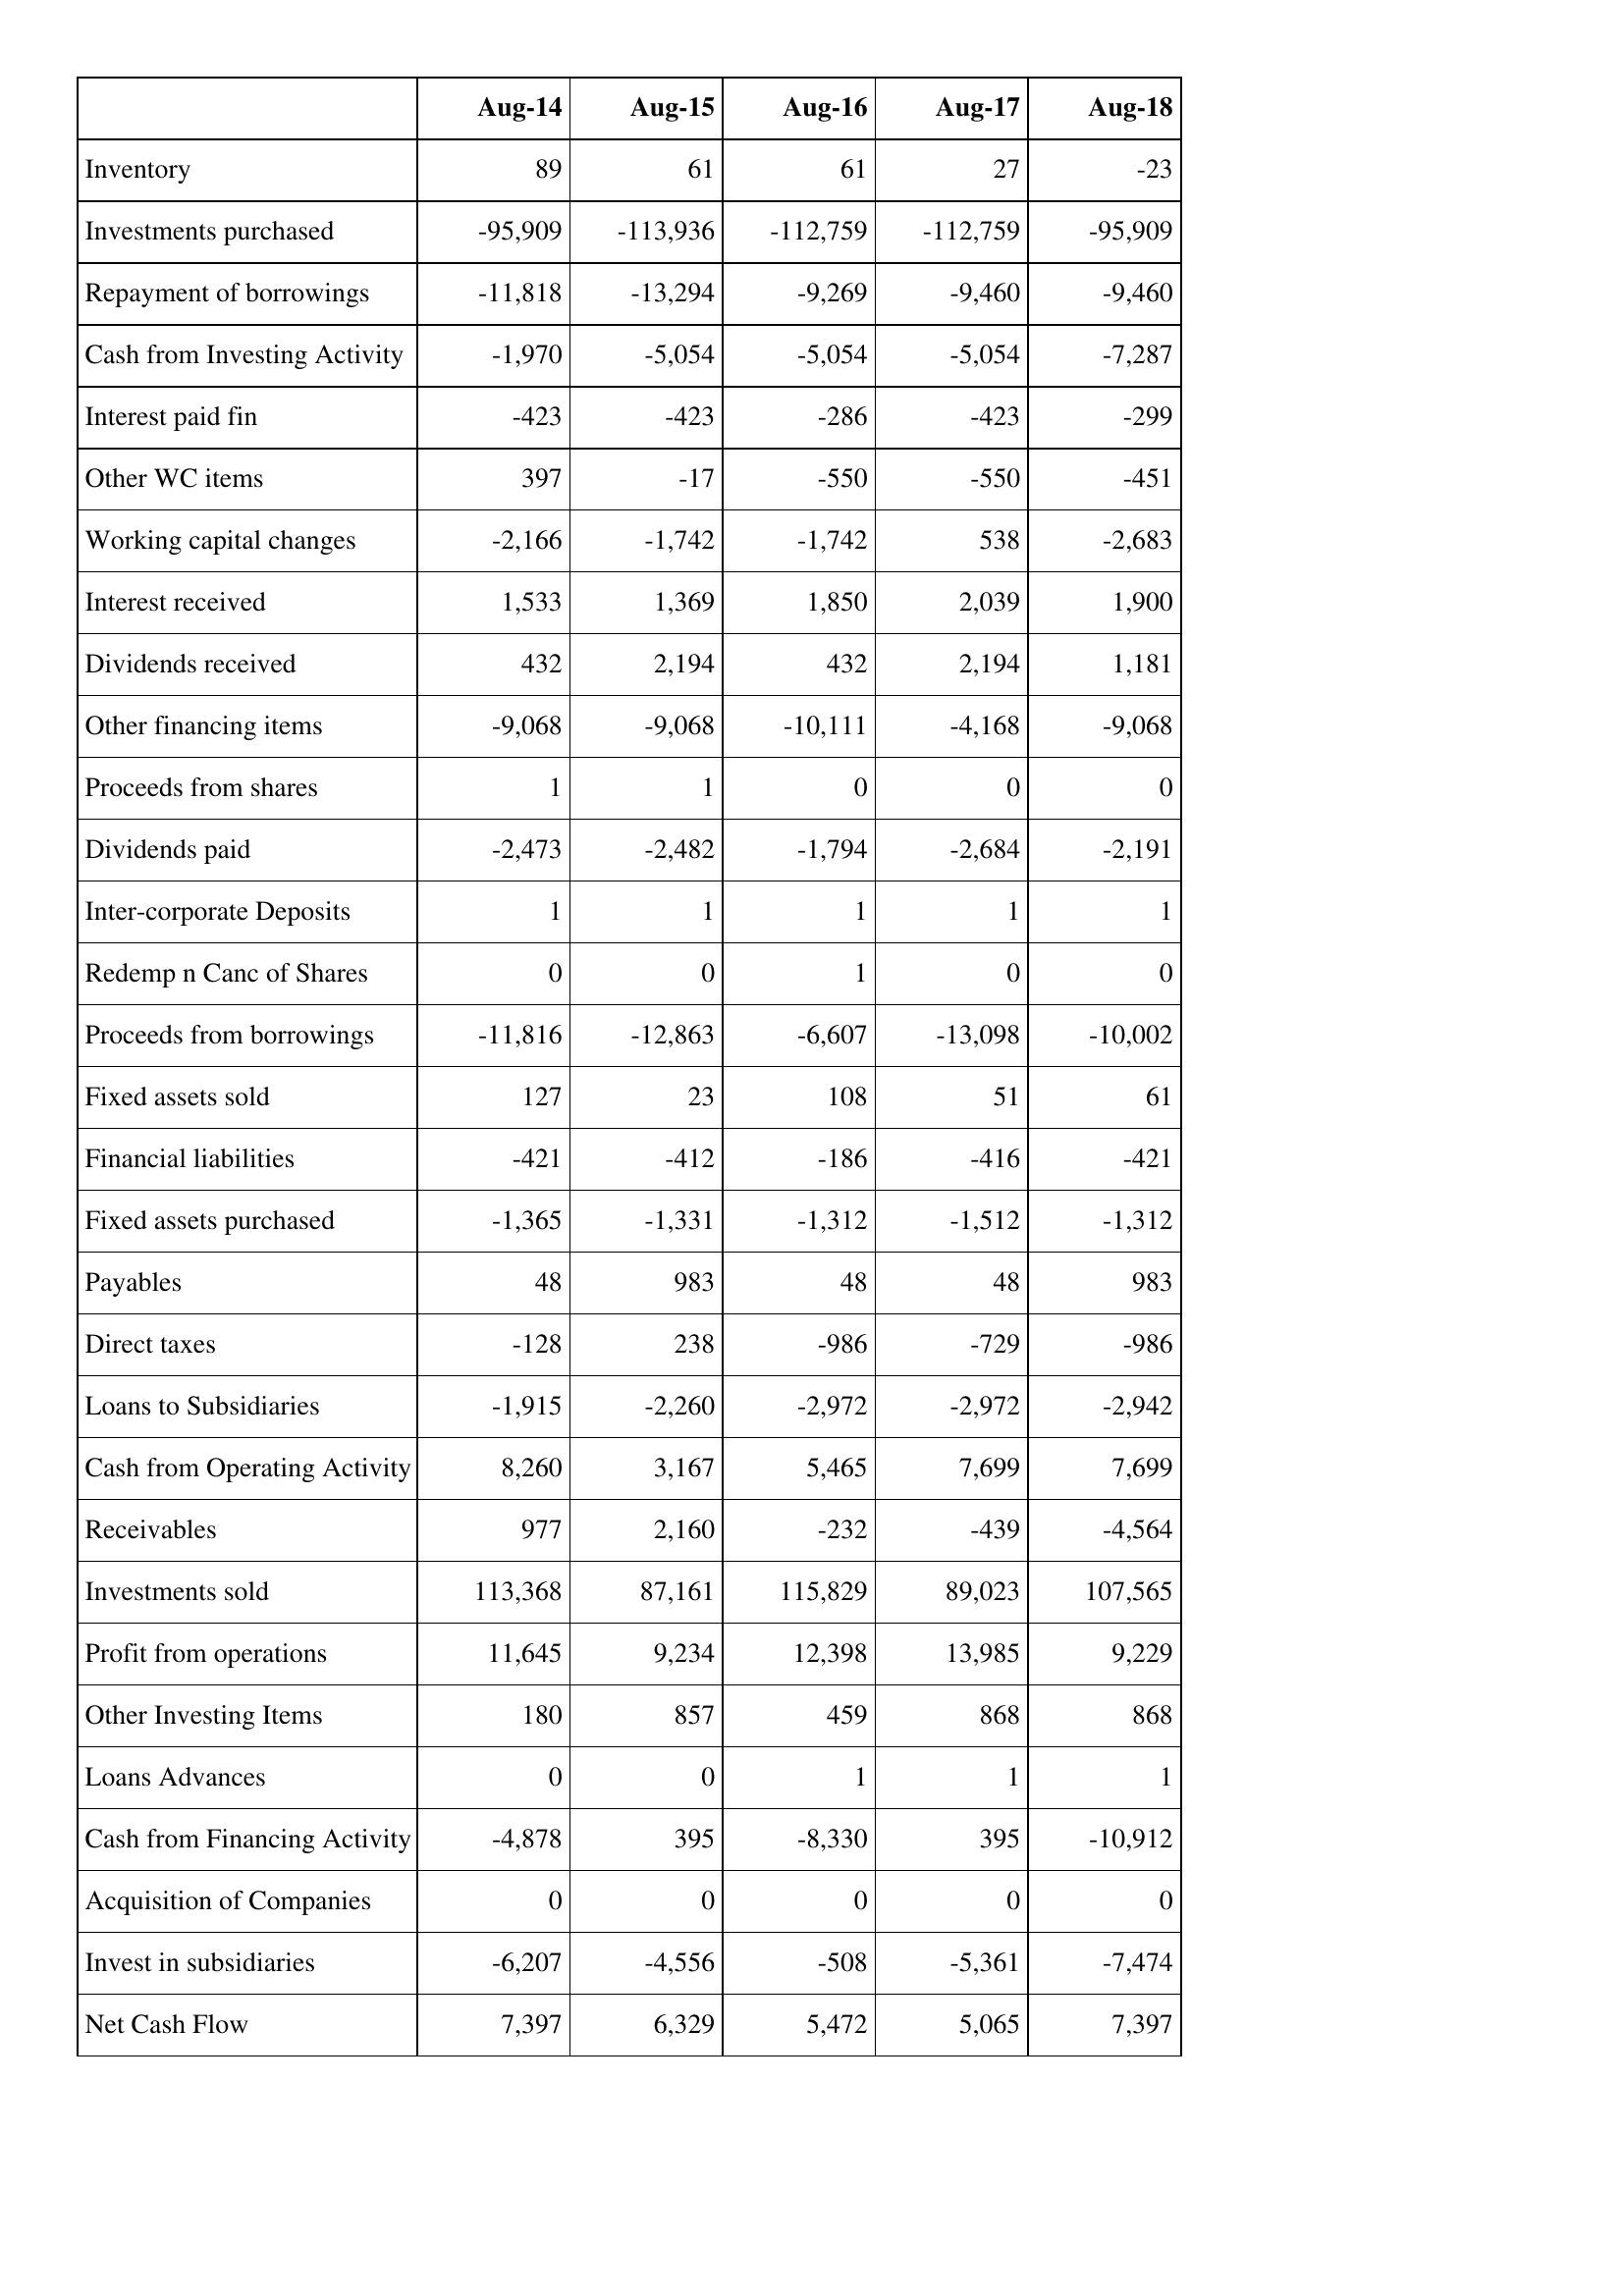
Aug-14: Cash Flows: Inventory: 89
Investments purchased: -95,909
Repayment of borrowings: -11,818
Cash from Investing Activity: -1,970
Interest paid fin: -423
Other WC items: 397
Working capital changes: -2,166
Interest received: 1,533
Dividends received: 432
Other financing items: -9,068
Proceeds from shares: 1
Dividends paid: -2,473
Inter-corporate Deposits: 1
Redemp n Canc of Shares: 0
Proceeds from borrowings: -11,816
Fixed assets sold: 127
Financial liabilities: -421
Fixed assets purchased: -1,365
Payables: 48
Direct taxes: -128
Loans to Subsidiaries: -1,915
Cash from Operating Activity: 8,260
Receivables: 977
Investments sold: 113,368
Profit from operations: 11,645
Other Investing Items: 180
Loans Advances: 0
Cash from Financing Activity: -4,878
Acquisition of Companies: 0
Invest in subsidiaries: -6,207
Net Cash Flow: 7,397
Aug-15: Cash Flows: Inventory: 61
Investments purchased: -113,936
Repayment of borrowings: -13,294
Cash from Investing Activity: -5,054
Interest paid fin: -423
Other WC items: -17
Working capital changes: -1,742
Interest received: 1,369
Dividends received: 2,194
Other financing items: -9,068
Proceeds from shares: 1
Dividends paid: -2,482
Inter-corporate Deposits: 1
Redemp n Canc of Shares: 0
Proceeds from borrowings: -12,863
Fixed assets sold: 23
Financial liabilities: -412
Fixed assets purchased: -1,331
Payables: 983
Direct taxes: 238
Loans to Subsidiaries: -2,260
Cash from Operating Activity: 3,167
Receivables: 2,160
Investments sold: 87,161
Profit from operations: 9,234
Other Investing Items: 857
Loans Advances: 0
Cash from Financing Activity: 395
Acquisition of Companies: 0
Invest in subsidiaries: -4,556
Net Cash Flow: 6,329
Aug-16: Cash Flows: Inventory: 61
Investments purchased: -112,759
Repayment of borrowings: -9,269
Cash from Investing Activity: -5,054
Interest paid fin: -286
Other WC items: -550
Working capital changes: -1,742
Interest received: 1,850
Dividends received: 432
Other financing items: -10,111
Proceeds from shares: 0
Dividends paid: -1,794
Inter-corporate Deposits: 1
Redemp n Canc of Shares: 1
Proceeds from borrowings: -6,607
Fixed assets sold: 108
Financial liabilities: -186
Fixed assets purchased: -1,312
Payables: 48
Direct taxes: -986
Loans to Subsidiaries: -2,972
Cash from Operating Activity: 5,465
Receivables: -232
Investments sold: 115,829
Profit from operations: 12,398
Other Investing Items: 459
Loans Advances: 1
Cash from Financing Activity: -8,330
Acquisition of Companies: 0
Invest in subsidiaries: -508
Net Cash Flow: 5,472
Aug-17: Cash Flows: Inventory: 27
Investments purchased: -112,759
Repayment of borrowings: -9,460
Cash from Investing Activity: -5,054
Interest paid fin: -423
Other WC items: -550
Working capital changes: 538
Interest received: 2,039
Dividends received: 2,194
Other financing items: -4,168
Proceeds from shares: 0
Dividends paid: -2,684
Inter-corporate Deposits: 1
Redemp n Canc of Shares: 0
Proceeds from borrowings: -13,098
Fixed assets sold: 51
Financial liabilities: -416
Fixed assets purchased: -1,512
Payables: 48
Direct taxes: -729
Loans to Subsidiaries: -2,972
Cash from Operating Activity: 7,699
Receivables: -439
Investments sold: 89,023
Profit from operations: 13,985
Other Investing Items: 868
Loans Advances: 1
Cash from Financing Activity: 395
Acquisition of Companies: 0
Invest in subsidiaries: -5,361
Net Cash Flow: 5,065
Aug-18: Cash Flows: Inventory: -23
Investments purchased: -95,909
Repayment of borrowings: -9,460
Cash from Investing Activity: -7,287
Interest paid fin: -299
Other WC items: -451
Working capital changes: -2,683
Interest received: 1,900
Dividends received: 1,181
Other financing items: -9,068
Proceeds from shares: 0
Dividends paid: -2,191
Inter-corporate Deposits: 1
Redemp n Canc of Shares: 0
Proceeds from borrowings: -10,002
Fixed assets sold: 61
Financial liabilities: -421
Fixed assets purchased: -1,312
Payables: 983
Direct taxes: -986
Loans to Subsidiaries: -2,942
Cash from Operating Activity: 7,699
Receivables: -4,564
Investments sold: 107,565
Profit from operations: 9,229
Other Investing Items: 868
Loans Advances: 1
Cash from Financing Activity: -10,912
Acquisition of Companies: 0
Invest in subsidiaries: -7,474
Net Cash Flow: 7,397